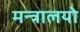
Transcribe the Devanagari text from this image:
मन्त्रालयो